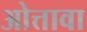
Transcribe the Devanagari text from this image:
ओत्तावा